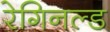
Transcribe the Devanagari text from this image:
रेगिनल्ड